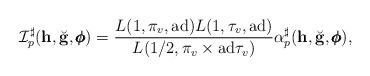
LaTeX: \begin{align*} \mathcal I_p^{\sharp} (\mathbf h, \breve{\mathbf g}, \pmb{\phi}) = \frac{L(1,\pi_v,\mathrm{ad})L(1,\tau_v,\mathrm{ad})}{L(1/2,\pi_v\times \mathrm{ad}\tau_v)} \alpha_p^{\sharp} (\mathbf h, \breve{\mathbf g}, \pmb{\phi}),\end{align*}